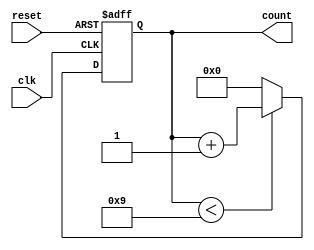
module BCD_Counter (
    input wire clk,       // Clock signal
    input wire reset,     // Asynchronous reset signal
    output reg [3:0] count // 4-bit output for BCD count
);

// State transition logic
always @(posedge clk or posedge reset) begin
    if (reset) begin
        count <= 4'b0000; // Reset the count to 0
    end else if (count < 4'b1001) begin
        count <= count + 1; // Increment the count
    end else begin
        count <= 4'b0000; // Reset to 0 after count reaches 9
    end
end

endmodule